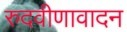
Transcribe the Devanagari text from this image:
रुदवीणावादन